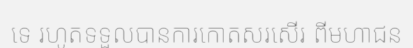
ទេ រហូតទទួលបានការកោតសរសើរ ពីមហាជន